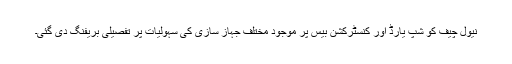
نیول چیف کو شپ یارڈ اور کنسٹرکشن بیس پر موجود مختلف جہاز سازی کی سہولیات پر تفصیلی بریفنگ دی گئی۔